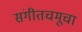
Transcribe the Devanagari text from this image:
संगीतचमूचा